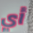
أي